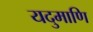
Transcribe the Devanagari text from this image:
यदुमाणि